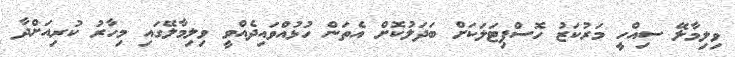
ވިލިމާލޭ ސިއްހީ މަރުކަޒު ހޮސްޕިޓަލަކަށް ބަދަލުކޮށް އެތަން ހުޅުއްވައިދެއްވީ ވިލިމާލޭގައި މިހާރު ކުރިއަށްދާ